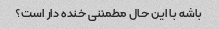
باشه با این حال مطمئنی خنده دار است؟